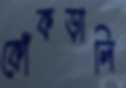
কোঁকড়ালি